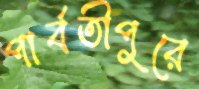
পার্বতীপুরে